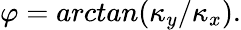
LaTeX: \varphi=arctan(\kappa_{y}/\kappa_{x}).